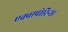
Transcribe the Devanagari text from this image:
एक्वापोरिन्स